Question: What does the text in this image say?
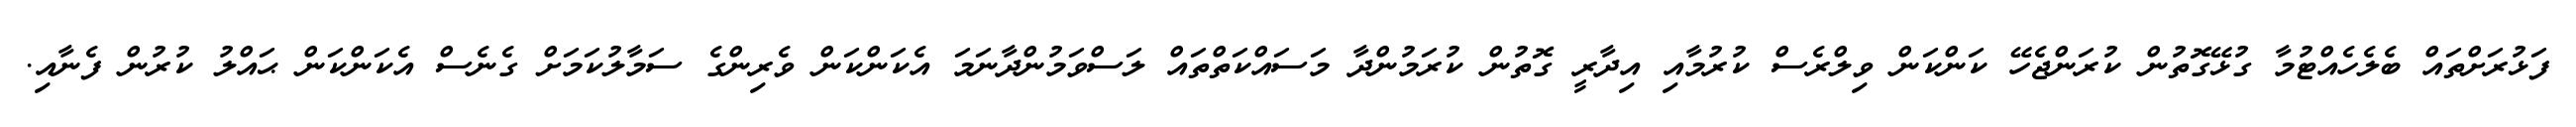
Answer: ފަޅުރަށްތައް ބެލެހެއްޓުމާ ގުޅޭގޮތުން ކުރަންޖެހޭ ކަންކަން ވިލްރެސް ކުރުމާއި އިދާރީ ގޮތުން ކުރަމުންދާ މަސައްކަތްތައް ލަސްވަމުންދާނަމަ އެކަންކަން ވެރިންގެ ސަމާލުކަމަށް ގެނެސް އެކަންކަން ޙައްލު ކުރުން ފެނާއި.